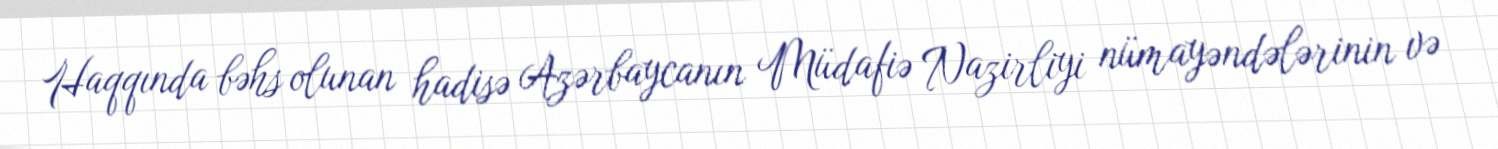
Haqqında bəhs olunan hadisə Azərbaycanın Müdafiə Nazirliyi nümayəndələrinin və